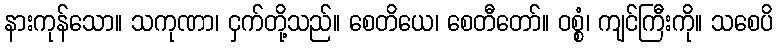
နားကုန်သော။ သကုဏာ၊ ငှက်တို့သည်။ စေတိယေ၊ စေတီတော်။ ဝစ္စံ၊ ကျင်ကြီးကို။ သစေပိ